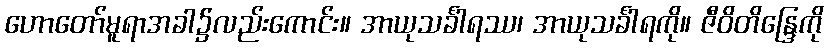
ဟောတော်မူရာအခါ၌လည်းကောင်း။ အာယုသင်္ခါရဿ၊ အာယုသင်္ခါရကို။ ဇီဝိတိန္ဒြေကို